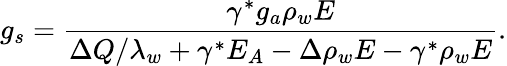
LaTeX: g_{s}=\frac{\gamma^{*}g_{a}\rho_{w}E}{\Delta Q/\lambda_{w}+\gamma^{*}E_{A}-\Delta\rho_{w}E-\gamma^{*}\rho_{w}E}.